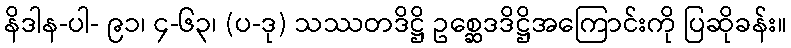
နိဒါန-ပါ- ၉၁၊ ၄-၆၃၊ (ပ-ဒု) သဿတဒိဋ္ဌိ ဥစ္ဆေဒဒိဋ္ဌိအကြောင်းကို ပြဆိုခန်း။